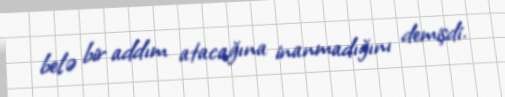
belə bir addım atacağına inanmadığını demişdi.